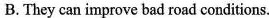
B. They can improve bad road conditions.